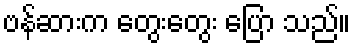
ဗန်ဆားက တွေးတွေး ပြော သည်။